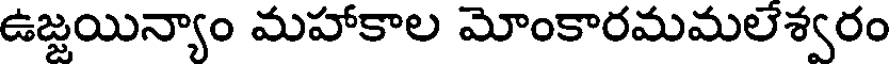
ఉజ్జయిన్యాం మహాకాల మోంకారమమలేశ్వరం